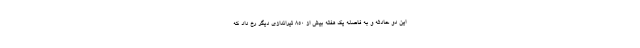
این دو حادثه و به فاصله یک هفته بیش از ۸۵۰ تیراندازی دیگر رخ داد که